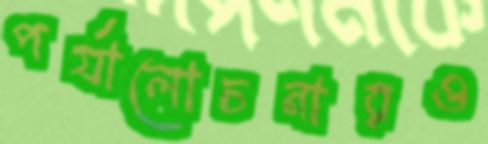
পর্যালোচনারও